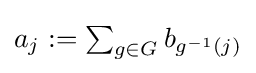
{\textstyle a_{j}:=\sum _{g\in G}b_{g^{-1}(j)}}